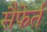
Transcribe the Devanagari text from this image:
सैफेर्त